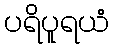
ပရိပူရယံ